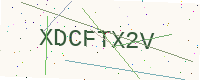
Text: XDCFTX2V